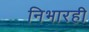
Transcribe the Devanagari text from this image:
निभारही